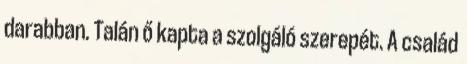
darabban. Talán ő kapta a szolgáló szerepét. A család